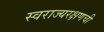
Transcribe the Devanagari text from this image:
स्वराज्यरक्षणची